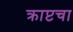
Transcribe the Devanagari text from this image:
क्राप्टचा